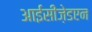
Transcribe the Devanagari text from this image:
आईसीज़ेडएन